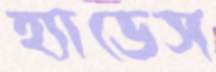
হ্যাডেস